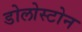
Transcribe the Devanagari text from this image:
डोलोस्टोन